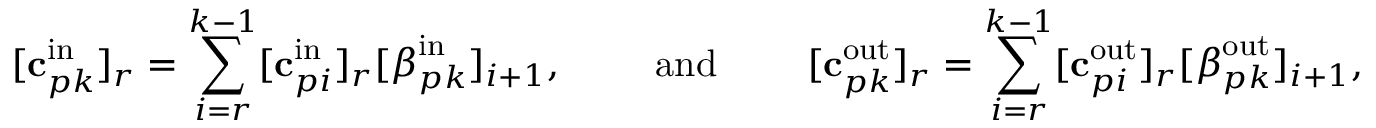
[ \mathbf { c } _ { p k } ^ { \mathrm { i n } } ] _ { r } = \sum _ { i = r } ^ { k - 1 } [ \mathbf { c } _ { p i } ^ { \mathrm { i n } } ] _ { r } [ \boldsymbol { \beta } _ { p k } ^ { \mathrm { i n } } ] _ { i + 1 } , \qquad \mathrm { ~ a n d ~ } \qquad [ \mathbf { c } _ { p k } ^ { \mathrm { o u t } } ] _ { r } = \sum _ { i = r } ^ { k - 1 } [ \mathbf { c } _ { p i } ^ { \mathrm { o u t } } ] _ { r } [ \boldsymbol { \beta } _ { p k } ^ { \mathrm { o u t } } ] _ { i + 1 } ,